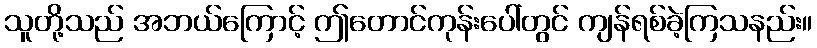
သူတို့သည် အဘယ်ကြောင့် ဤတောင်ကုန်းပေါ်တွင် ကျန်ရစ်ခဲ့ကြသနည်း။